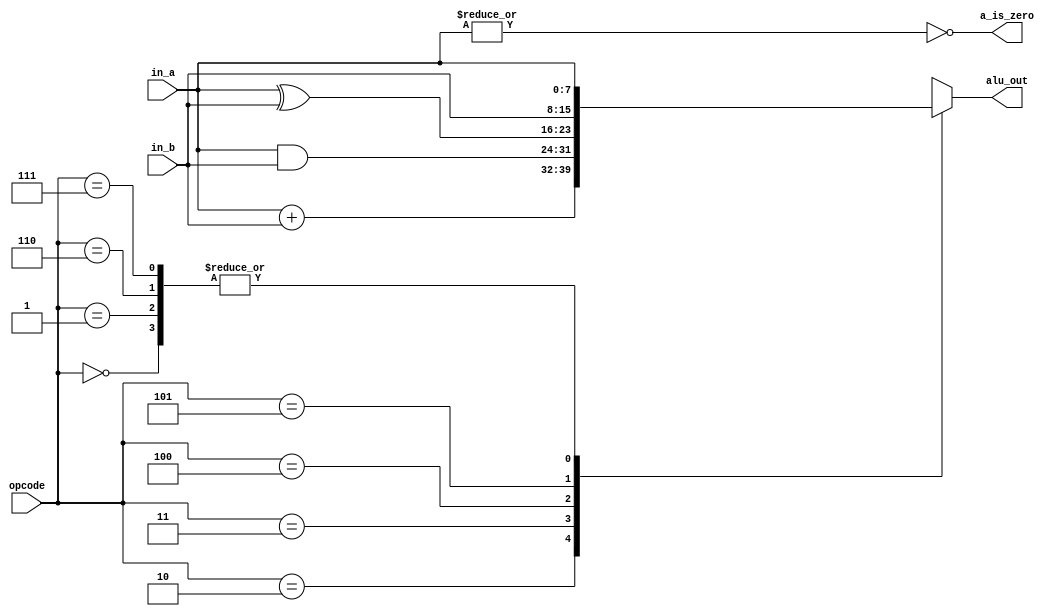
`default_nettype none
`timescale 1ns/1ps

module ALU #(
    parameter WIDTH = 8
) (
    input wire [WIDTH-1:0] in_a, in_b,
    input wire [2:0] opcode,
    output reg [WIDTH-1:0] alu_out,
    output wire a_is_zero
);
    always @(*) begin
        case (opcode)
            3'b000: alu_out = in_a;
            3'b001: alu_out = in_a;
            3'b010: alu_out = in_a + in_b;
            3'b011: alu_out = in_a & in_b;
            3'b100: alu_out = in_a ^ in_b;
            3'b101: alu_out = in_b;
            3'b110: alu_out = in_a;
            3'b111: alu_out = in_a;
            default: begin
                alu_out = 'bx;
            end
        endcase
    end
    assign a_is_zero = ~(|in_a);

    
endmodule